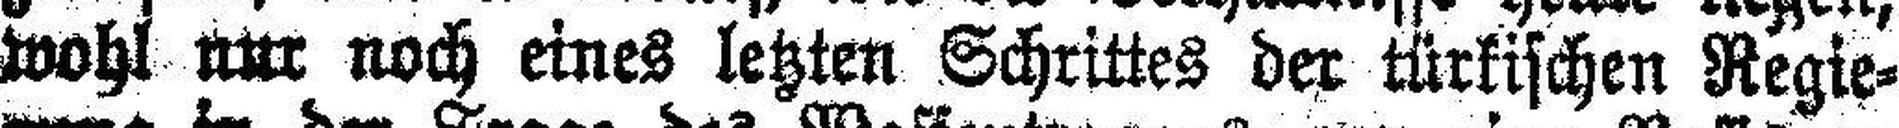
wohl nur noch eines letzten Schrittes der türkischen Regie¬